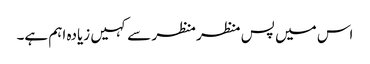
اس میں پس منظر منظر سے کہیں زیادہ اہم ہے۔